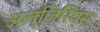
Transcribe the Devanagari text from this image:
अल्जिरियंस